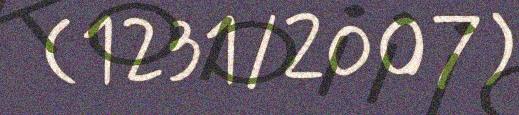
(1231/2007)